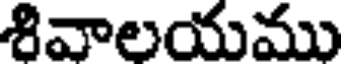
శివాలయము